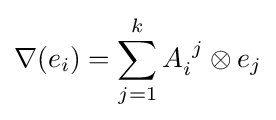
\nabla (e_{i})=\sum _{j=1}^{k}A_{i}^{\ j}\otimes e_{j}